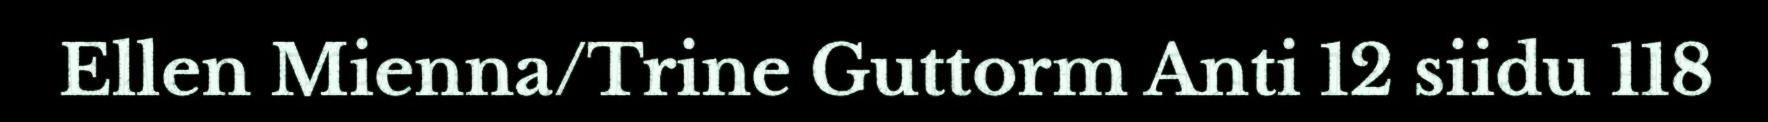
Ellen Mienna/Trine Guttorm Anti 12 siidu 118